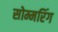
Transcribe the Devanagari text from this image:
सोम्मरिंग